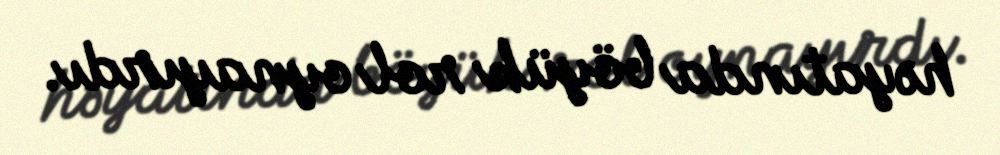
həyatında böyük rol oynayırdı.